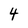
Character: 4